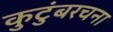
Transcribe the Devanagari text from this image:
कुटुंबरचना